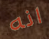
انه